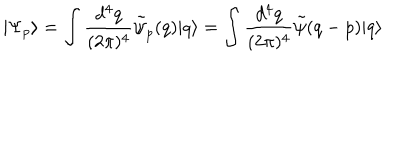
| \Psi _ { p } \rangle = \int \frac { d ^ { 4 } q } { ( 2 \pi ) ^ { 4 } } \tilde { \psi } _ { p } ( q ) | q \rangle = \int \frac { d ^ { 4 } q } { ( 2 \pi ) ^ { 4 } } \tilde { \psi } ( q - p ) | q \rangle